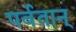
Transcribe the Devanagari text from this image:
पर्वतान्